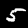
Label: 5